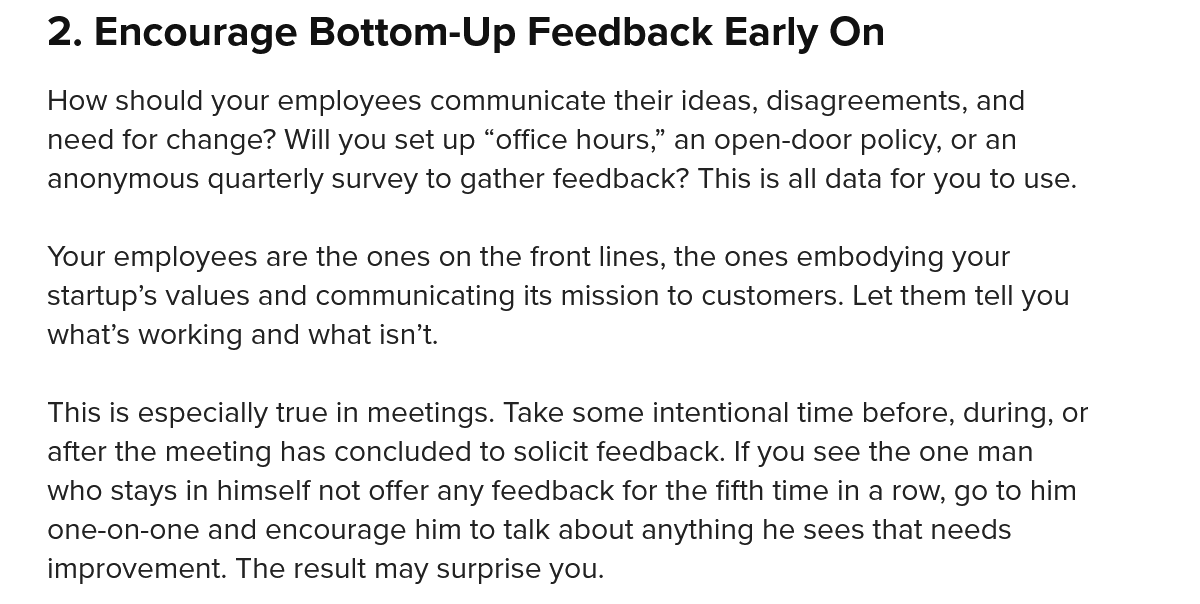
2. Encourage    Bottom-Up    Feedback   Early    On
    How should your employees communicate their ideas, disagreements, and
    need for change? Will you set up “office hours,” an open-door policy, or an
    anonymous quarterly survey to gather feedback? This is all data for you to use.
    Your employees are the ones on the front lines, the ones embodying your
    startup’s values and communicating its mission to customers. Let them tell you
    what's working and what isn’t.
    This is especially true in meetings. Take some intentional time before, during, or
    after the meeting has concluded to solicit feedback. If you see the one man
    who stays in himself not offer any feedback for the fifth time in a row, go to him
    one-on-one and encourage him to talk about anything he sees that needs
    improvement. The result may surprise you.